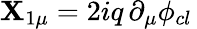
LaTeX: \mathbf{X}_{1\mu}=2iq\, \partial_{\mu}\phi_{cl}\,